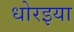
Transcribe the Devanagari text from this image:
धोरइया